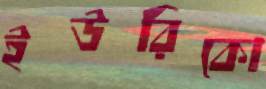
ইউরিকো